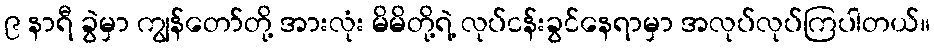
၉ နာရီ ခွဲမှာ ကျွန်တော်တို့ အားလုံး မိမိတို့ရဲ့ လုပ်ငန်းခွင်နေရာမှာ အလုပ်လုပ်ကြပါတယ်။